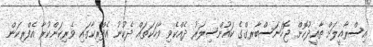
އިސްރާއީލަށް ތާއީދުކޮށް ޖޮހަނަސްބާރގްގެ ކައުންސިލަރު ދެއްކެވި ވާހަކަތައް ދެކުނު އެފްރިކާގައި ވެރިކަންކުރާ އެފްރިކަން